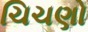
ચિચણો